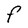
Character: F